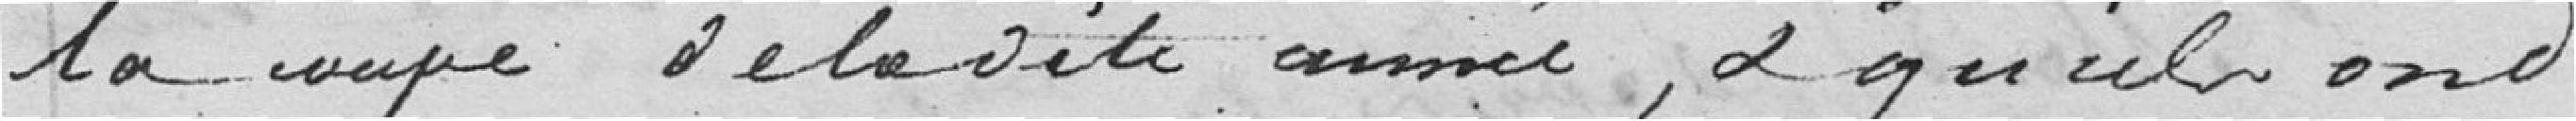
la coupe de la dite année, et qu'ils ont